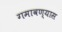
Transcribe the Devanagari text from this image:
गमावण्यास